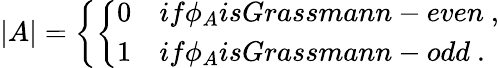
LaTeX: |A|=\left\{ \left\{ \begin{array}{ll}{{0}}&{{if\phi_{A}isGrassmann-even\ ,}}\\ {{1}}&{{if\phi_{A}isGrassmann-odd\ .}}\end{array}\right.\right.